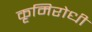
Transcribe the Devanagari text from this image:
कृमिरोधी